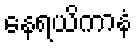
နေရယိကာနံ